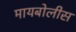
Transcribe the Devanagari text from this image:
मायबोलीस